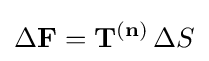
\Delta \mathbf {F} =\mathbf {T} ^{(\mathbf {n} )}\,\Delta S